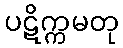
ပဋိက္ကမတု